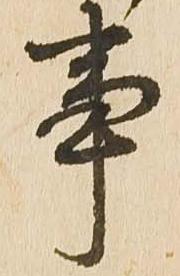
事